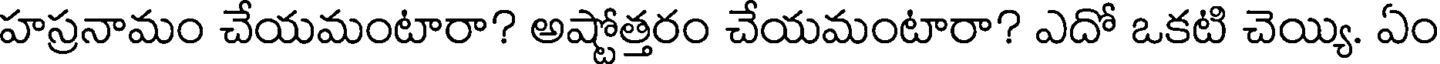
హస్రనామం చేయమంటారా? అష్టోత్తరం చేయమంటారా? ఎదో ఒకటి చెయ్యి. ఏం